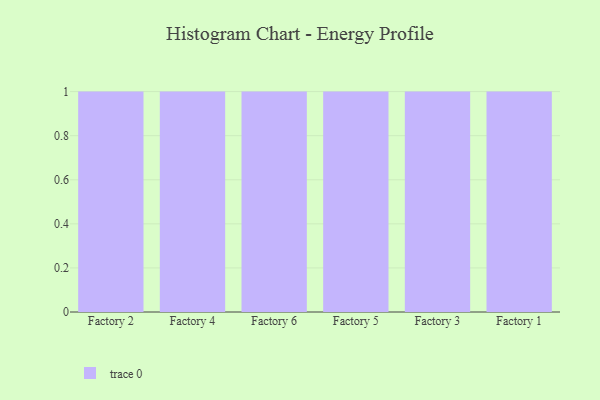
{"axis": {"x": "Factory", "y": "LTV (USD)"}, "legend": [""], "data": [{"x": "Factory 2", "y": 33, "type": ""}, {"x": "Factory 4", "y": 100, "type": ""}, {"x": "Factory 6", "y": 27, "type": ""}, {"x": "Factory 5", "y": 12, "type": ""}, {"x": "Factory 3", "y": 82, "type": ""}, {"x": "Factory 1", "y": 51, "type": ""}]}